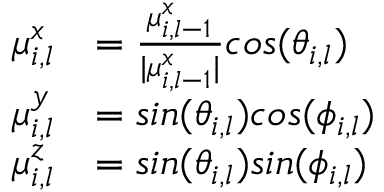
\begin{array} { r l } { \mu _ { i , l } ^ { x } } & { = \frac { \mu _ { i , l - 1 } ^ { x } } { | \mu _ { i , l - 1 } ^ { x } | } c o s ( \theta _ { i , l } ) } \\ { \mu _ { i , l } ^ { y } } & { = s i n ( \theta _ { i , l } ) c o s ( \phi _ { i , l } ) } \\ { \mu _ { i , l } ^ { z } } & { = s i n ( \theta _ { i , l } ) s i n ( \phi _ { i , l } ) } \end{array}